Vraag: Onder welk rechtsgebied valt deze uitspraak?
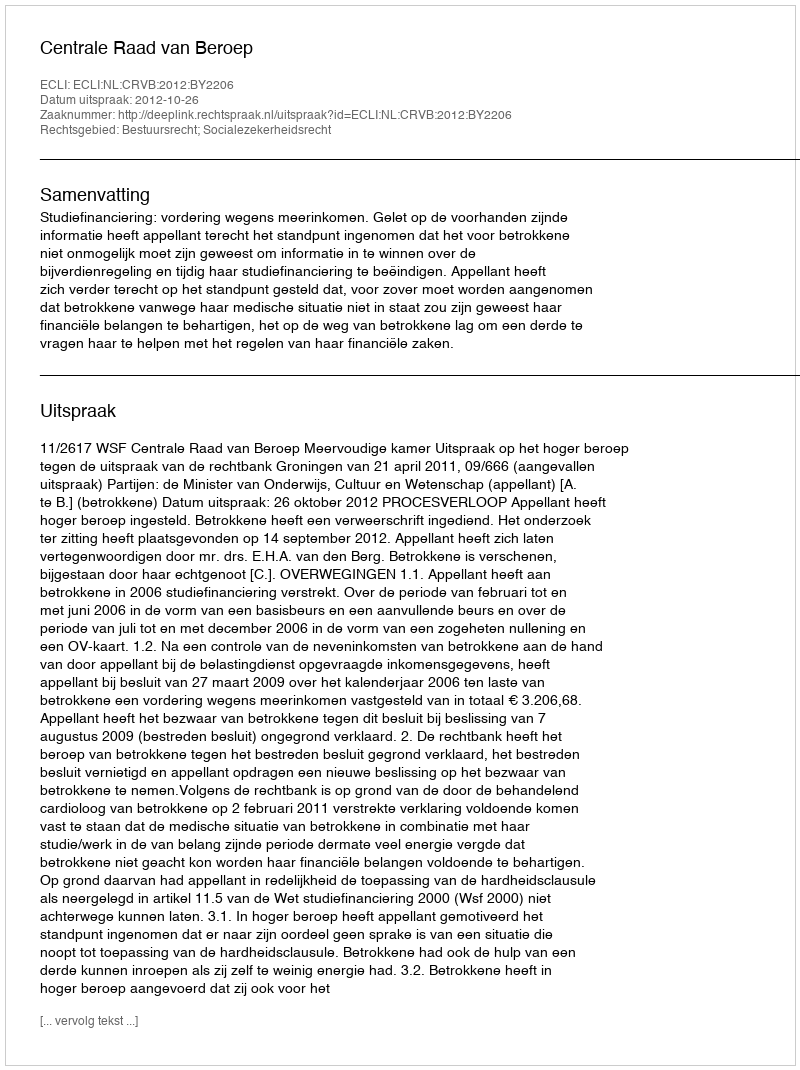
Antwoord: Bestuursrecht; Socialezekerheidsrecht